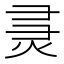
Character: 𰞞